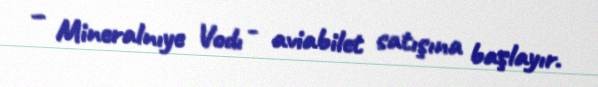
– Mineralnıye Vodı - aviabilet satışına başlayır.